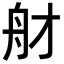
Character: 𦨑